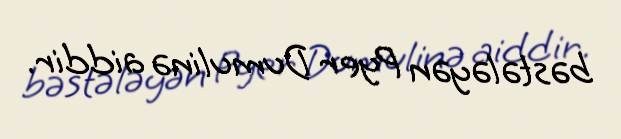
bəstələyən Pyer Dumulinə aiddir.